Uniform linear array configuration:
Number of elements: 16
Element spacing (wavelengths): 0.75
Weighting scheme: binomial
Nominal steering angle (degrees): -15
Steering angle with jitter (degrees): -15.803
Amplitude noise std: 0.05
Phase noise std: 0.05

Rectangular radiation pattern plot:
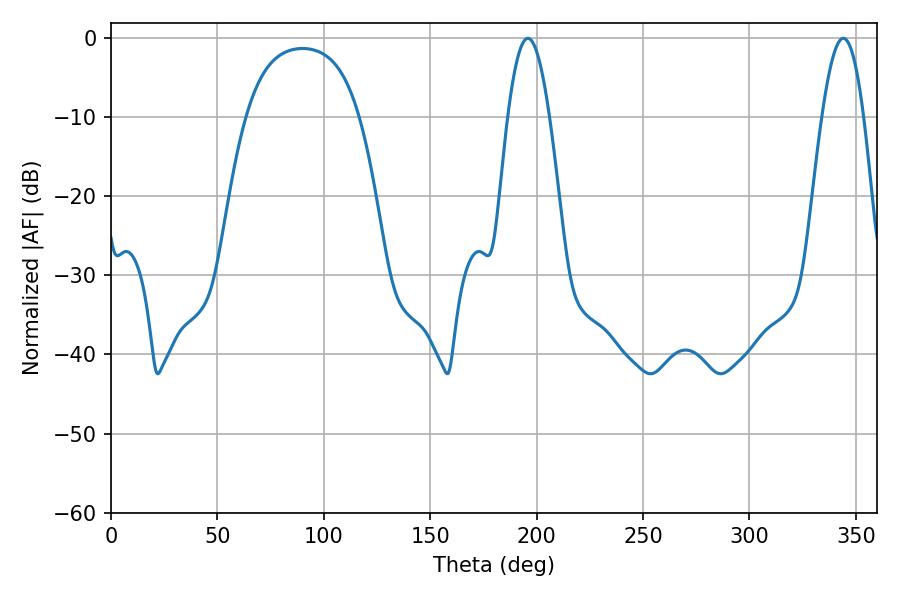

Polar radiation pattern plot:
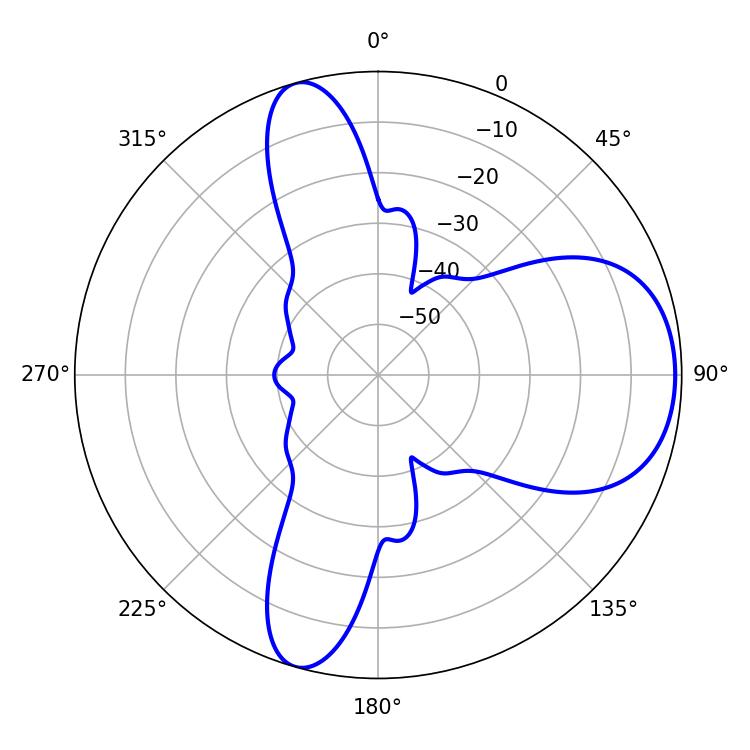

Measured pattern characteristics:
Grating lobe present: TRUE
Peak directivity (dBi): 7.62
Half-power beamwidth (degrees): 10.62
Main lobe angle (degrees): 195.84